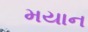
મયાન